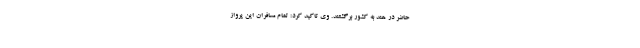
حاضر در هند به کشور برگشتند. وی تاکید کرد: تمام مسافران این پرواز